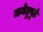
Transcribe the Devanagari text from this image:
जनेतुपुढे